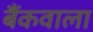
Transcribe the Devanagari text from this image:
बैंकवाला